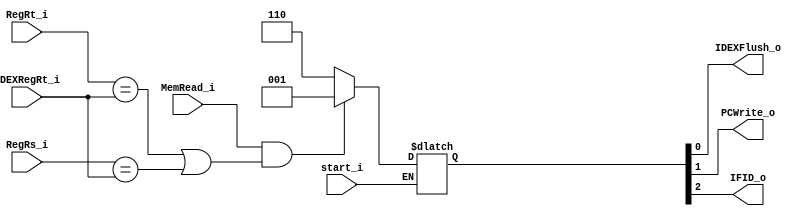
module HazardDetector
(
	RegRs_i,
	RegRt_i,
	MemRead_i,
	IDEXRegRt_i,
	IDEXFlush_o,
	PCWrite_o,
	IFID_o,
	start_i
);

input				start_i;
input	[4:0]		RegRs_i;
input	[4:0]		RegRt_i;
input 	[4:0]		IDEXRegRt_i;
input				MemRead_i;
output				IDEXFlush_o;
output				PCWrite_o;
output				IFID_o;

reg		[2:0]		temp;

assign	IDEXFlush_o = 	temp[0];
assign	PCWrite_o	= 	temp[1];
assign	IFID_o		=	temp[2];

initial begin
	temp <= 3'b111; //null instructionflush
end

always@(MemRead_i or RegRs_i or RegRt_i or IDEXRegRt_i) begin
	if(start_i) begin
		if(MemRead_i && ((RegRt_i == IDEXRegRt_i) || (RegRs_i == IDEXRegRt_i)))
			temp <= 3'b001;
		else
			temp <= 3'b110;
	end
end

endmodule